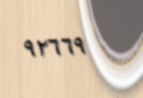
٩٢٦٦٩